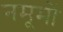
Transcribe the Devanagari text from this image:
नमूमों